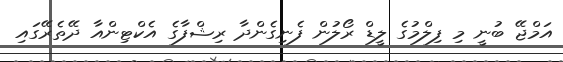
އަމްޖޭ ބުނީ މި ފިލްމުގެ ލީޑް ރޯލުން ފެނިގެންދާ ރިޝްފާގެ އެކްޓިންއާ ދޭތެރޭގައި